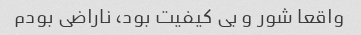
واقعا شور و بی کیفیت بود، ناراضی بودم